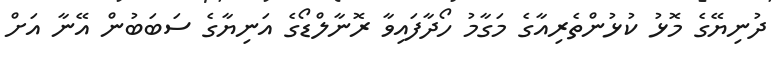
ދުނިޔޭގެ މޮޅު ކުޅުންތެރިއާގެ މަގާމު ހޯދާފައިވާ ރޮނާލްޑޯގެ އަނިޔާގެ ސަބަބުން އޭނާ އަށް